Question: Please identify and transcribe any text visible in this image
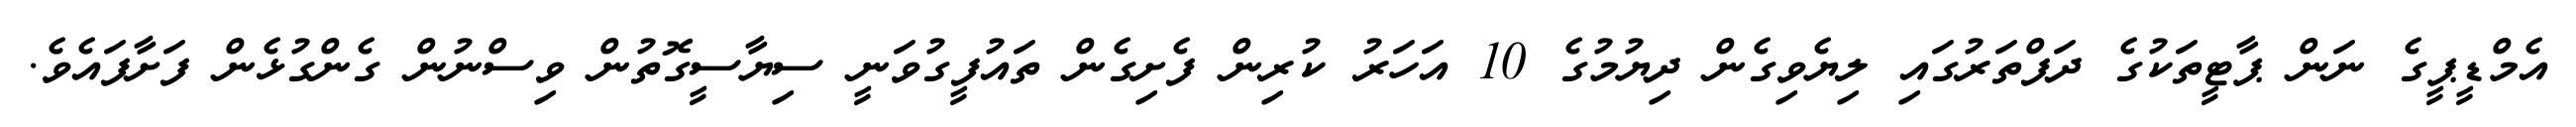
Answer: އެމްޑީޕީގެ ނަން ޕާޓީތަކުގެ ދަފްތަރުގައި ލިޔެވިގެން ދިޔުމުގެ 10 އަހަރު ކުރިން ފެށިގެން ތައުފީގުވަނީ ސިޔާސީގޮތުން ވިސްނުން ގެންގުޅެން ފަށާފައެވެ.